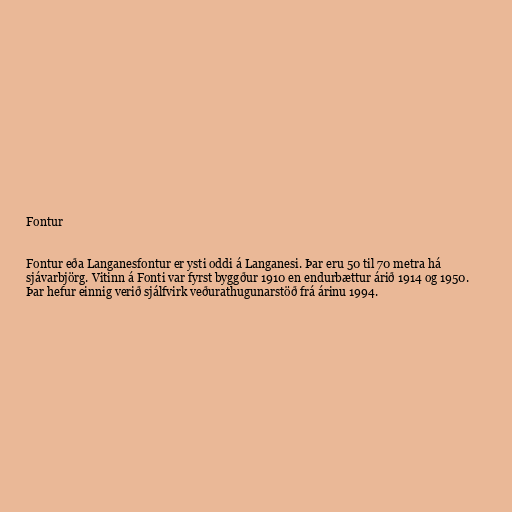
Fontur

Fontur eða Langanesfontur er ysti oddi á Langanesi. Þar eru 50 til 70 metra há
sjávarbjörg. Vitinn á Fonti var fyrst byggður 1910 en endurbættur árið 1914 og 1950.
Þar hefur einnig verið sjálfvirk veðurathugunarstöð frá árinu 1994.